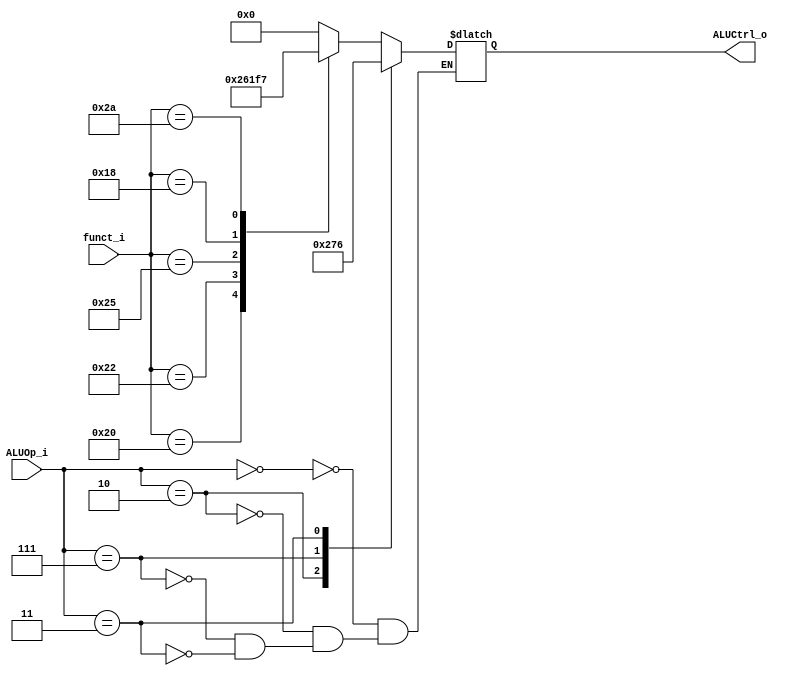
//Subject:     CO project 2 - ALU Controller
//--------------------------------------------------------------------------------
//Version:     1
//--------------------------------------------------------------------------------
//Writer:      
//----------------------------------------------
//Date:        
//----------------------------------------------
//Description: 
//--------------------------------------------------------------------------------
`timescale 1ns/1ps
module ALU_Ctrl(
          funct_i,
          ALUOp_i,
          ALUCtrl_o
          );
          
//I/O ports 
input      [6-1:0] funct_i;
input      [3-1:0] ALUOp_i;

output     [4-1:0] ALUCtrl_o;    
     
//Internal Signals
reg        [4-1:0] ALUCtrl_o;

//Parameter

       
//Select exact operation
always@ (*) begin
    case (ALUOp_i)
        3'b000: begin 
            case (funct_i)
                6'b100000: begin ALUCtrl_o = 4'b0010; end //add
                6'b100010: begin ALUCtrl_o = 4'b0110; end //sub
                6'b100100: begin ALUCtrl_o = 4'b0000; end //AND
                6'b100101: begin ALUCtrl_o = 4'b0001; end //OR
                6'b011000: begin ALUCtrl_o = 4'b1111; end //MULT
                6'b101010: begin ALUCtrl_o = 4'b0111; end //slt
                default: ALUCtrl_o = 4'b0000;
            endcase
         end          
        3'b010: begin ALUCtrl_o = 4'b0010; end // addi / lw / sw
        3'b111: begin ALUCtrl_o = 4'b0111; end // slti
        3'b011: begin ALUCtrl_o = 4'b0110; end // beq
        
    endcase
end
endmodule